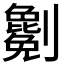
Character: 𠠤